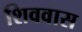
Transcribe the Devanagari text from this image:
शिववास